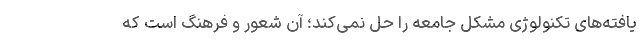
یافته‌های تکنولوژی مشکل جامعه را حل نمی‌کند؛ آن شعور و فرهنگ است که